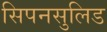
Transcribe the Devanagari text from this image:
सिपनसुलिड